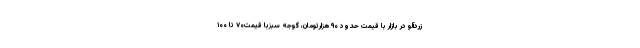
زردآلو در بازار با قیمت حدود ۹۰ هزارتومان، گوجه سبزبا قیمت۷۰ تا ۱۰۰